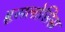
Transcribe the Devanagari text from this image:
ब्रूसलोसिस